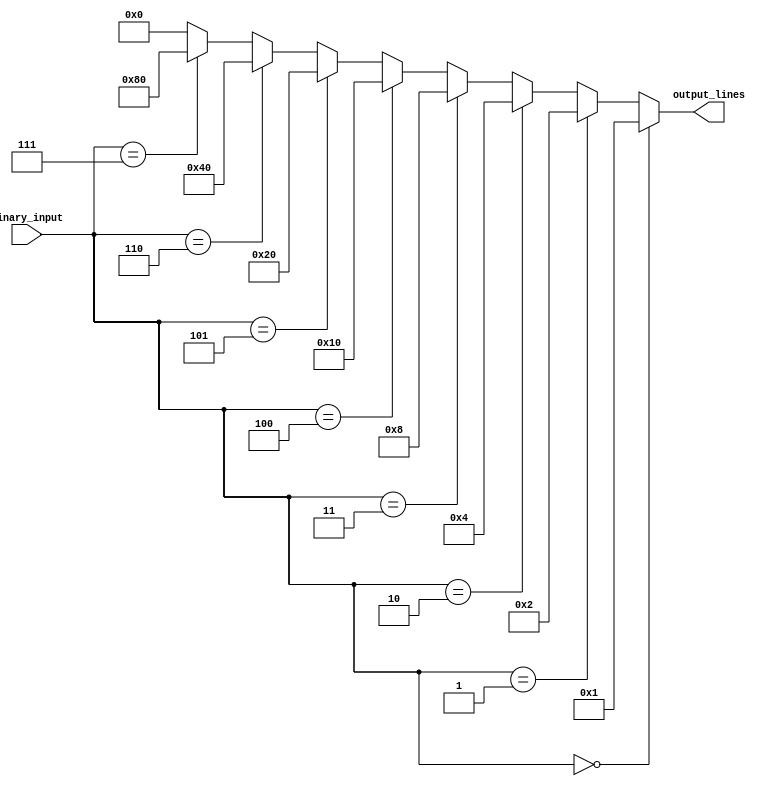
module binary_decoder (
  input [2:0] binary_input,
  output [7:0] output_lines
);

assign output_lines = (binary_input == 3'b000) ? 8'b00000001 :
                      (binary_input == 3'b001) ? 8'b00000010 :
                      (binary_input == 3'b010) ? 8'b00000100 :
                      (binary_input == 3'b011) ? 8'b00001000 :
                      (binary_input == 3'b100) ? 8'b00010000 :
                      (binary_input == 3'b101) ? 8'b00100000 :
                      (binary_input == 3'b110) ? 8'b01000000 :
                      (binary_input == 3'b111) ? 8'b10000000 :
                      8'b00000000;

endmodule